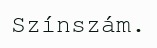
Színszám.